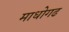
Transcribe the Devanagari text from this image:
माधोगढ